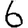
Digit: 6